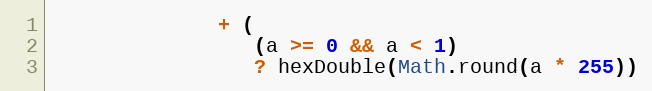
Language: JavaScript
              + (
                 (a >= 0 && a < 1)
                 ? hexDouble(Math.round(a * 255))